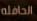
الحافله